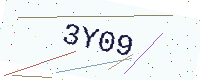
Text: 3Y09